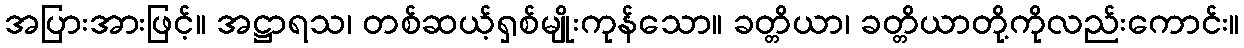
အပြားအားဖြင့်။ အဋ္ဌာရသ၊ တစ်ဆယ့်ရှစ်မျိုးကုန်သော။ ခတ္တိယာ၊ ခတ္တိယာတို့ကိုလည်းကောင်း။